Vaccination in Bombay 1863-1868 - 1863-1868
Year: 1863
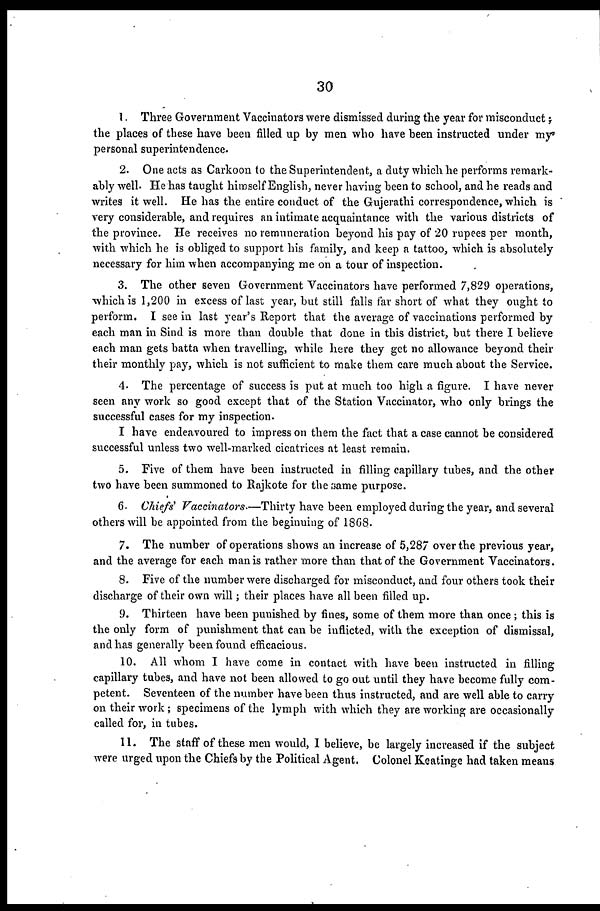
30
1. Three Government Vaccinators were dismissed during the year for misconduct ;
the places of these have been filled up by men who have been instructed under my
personal superintendence.
2. One acts as Carkoon to the Superintendent, a duty which he performs remark-
ably well. He has taught himself English, never having been to school, and he reads and
writes it well. He has the entire conduct of the Gujerathi correspondence, which is
very considerable, and requires an intimate acquaintance with the various districts of
the province. He receives no remuneration beyond his pay of 20 rupees per month,
with which he is obliged to support his family, and keep a tattoo, which is absolutely
necessary for him when accompanying me on a tour of inspection.
3. The other seven Government Vaccinators have performed 7,829 operations,
which is 1,200 in excess of last year, but still falls far short of what they ought to
perform. I see in last year's Report that the average of vaccinations performed by
each man in Sind is more than double that done in this district, but there I believe
each man gets batta when travelling, while here they get no allowance beyond their
their monthly pay, which is not sufficient to make them care much about the Service.
4. The percentage of success is put at much too high a figure. I have never
seen any work so good except that of the Station Vaccinator, who only brings the
successful cases for my inspection.
I have endeavoured to impress on them the fact that a case cannot be considered
successful unless two well-marked cicatrices at least remain.
5. Five of them have been instructed in filling capillary tubes, and the other
two have been summoned to Rajkote for the same purpose.
6. Chiefs' Vaccinators.—Thirty have been employed during the year, and several
others will be appointed from the beginning of 1868.
7. The number of operations shows an increase of 5,287 over the previous year,
and the average for each man is rather more than that of the Government Vaccinators.
8. Five of the number were discharged for misconduct, and four others took their
discharge of their own will ; their places have all been filled up.
9. Thirteen have been punished by fines, some of them more than once; this is
the only form of punishment that can be inflicted, with the exception of dismissal,
and has generally been found efficacious.
10. All whom I have come in contact with have been instructed in filling
capillary tubes, and have not been allowed to go out until they have become fully com-
petent. Seventeen of the number have been thus instructed, and are well able to carry
on their work; specimens of the lymph with which they are working are occasionally
called for, in tubes.
11. The staff of these men would, I believe, be largely increased if the subject
were urged upon the Chiefs by the Political Agent. Colonel Keatinge had taken means